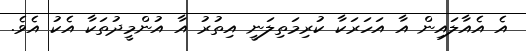
އެ އެއާލައިން އާ އަހަރަކާ ކުރިމަތިލަނީ އިތުރު އާ އުންމީދުތަކާ އެކު އެވެ.